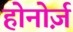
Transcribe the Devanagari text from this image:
होनोर्ज़